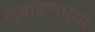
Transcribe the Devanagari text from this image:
लुबाडणाऱ्या